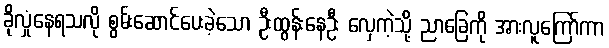
ခိုလှုံနေရသလို စွမ်းဆောင်ပေးခဲ့သော ဦးထွန်းနေဦး လှေကဲ့သို့ ညာခြေကို အားလူကြော်ကာ